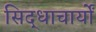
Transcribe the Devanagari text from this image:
सिद्धाचार्यों